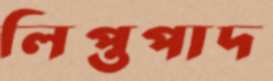
লিপ্তপাদ